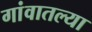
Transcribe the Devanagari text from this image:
गांवातल्या